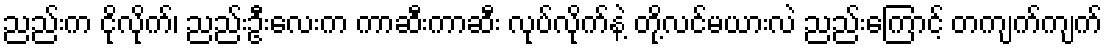
ညည်းက ငိုလိုက်၊ ညည်းဦးလေးက ကာဆီးကာဆီး လုပ်လိုက်နဲ့ တို့လင်မယားလဲ ညည်းကြောင့် တကျက်ကျက်